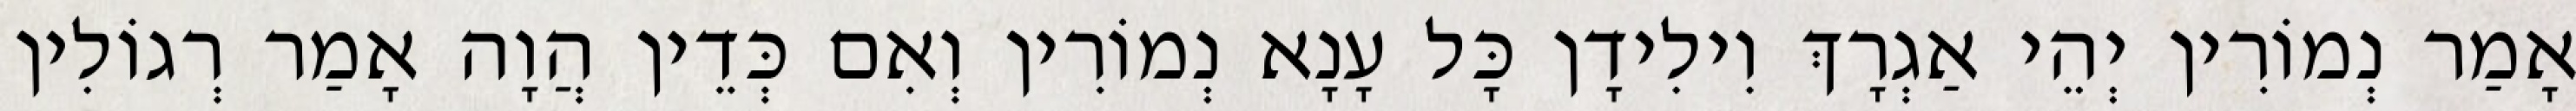
אָמַר נְמוֹרִין יְהֵי אַגְרָךְ וִילִידָן כָּל עָנָא נְמוֹרִין וְאִם כְּדֵין הֲוָה אָמַר רְגוֹלִין